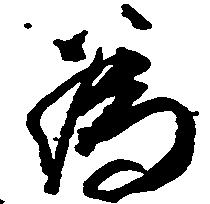
為